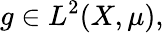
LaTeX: g\in L^{2}(X,\mu),